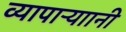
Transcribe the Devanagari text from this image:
व्यापाऱ्याानी